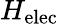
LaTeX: H_{\mathrm{elec}}